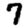
Digit: 7